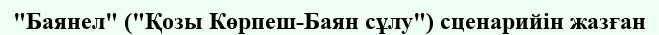
"Баянел" ("Қозы Көрпеш-Баян сұлу") сценарийін жазған